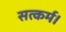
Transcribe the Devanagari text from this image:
सत्कर्म।